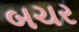
બચર